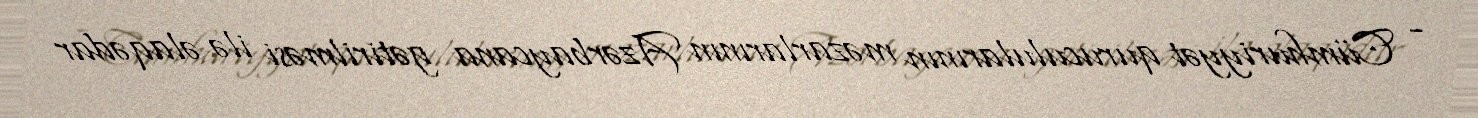
- Cümhuriyyət quruculularının məzarlarının Azərbaycana gətirilməsi ilə əlaqədar